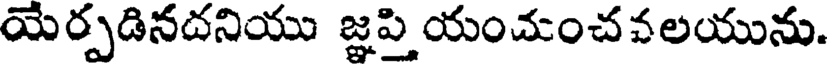
యెర్పడినదనియు జ్ఞపి యంచుంచవలయును.